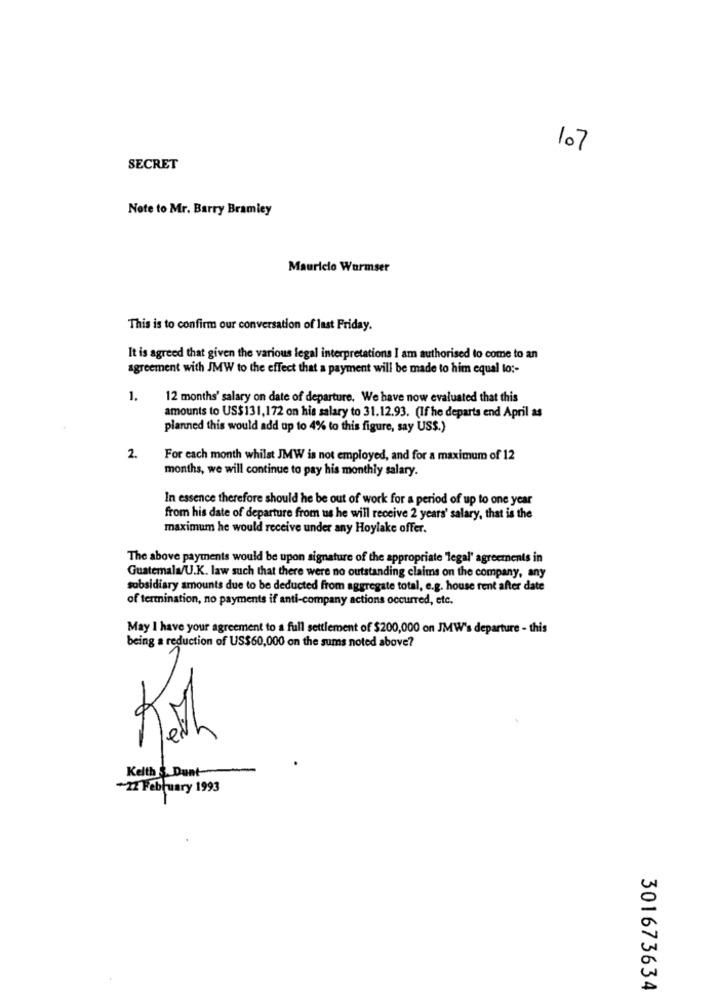
107
SECRET
Note to Mr. Barry Bramley
Mauricio Wormser
This is to confirm our conversation of last Friday.
It is agreed that given the various legal interpretations I am authorised to come to an
agreement with JMW to the effect that a payment will be made to him equal lo :-
1.
12 months' salary on date of departure. We have now evaluated that this
amounts to US$131, 172 on his salary to 31.12.93. (If he departs end April as
planned this would add up to 4% to this figure, say US$.)
2.
For each month whilst JMW is not employed, and for a maximum of 12
months, we will continue to pay his monthly salary.
In essence therefore should he be out of work for a period of up to one year
from his date of departure from us he will receive 2 years' salary, that is the
maximum he would receive under any Hoylake offer.
The above payments would be upon signature of the appropriate "legal' agreements in
Guatemala/U.K. law such that there were no outstanding claims on the company, any
subsidiary amounts due to be deducted from aggregate total, e.g. house rent after date
of termination, no payments if anti-company actions occurred, etc.
May I have your agreement to a full settlement of $200,000 on JMW's departure - this
being a reduction of US$60,000 on the sums noted above?
Keith
Kelth & Dunt-
+22 February 1993
301673634